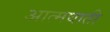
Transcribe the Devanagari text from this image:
अात्मघाती